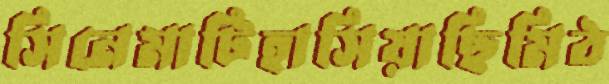
সিনেমাটিহাসিয়াছিমিঠ